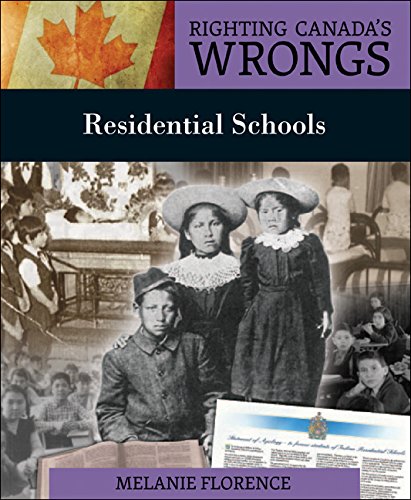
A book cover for Righting Canada's Wrongs: Residential Schools; Melanie Florence; Teen & Young Adult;